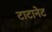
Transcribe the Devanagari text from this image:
टाटानेट